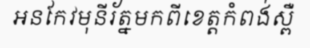
អនកែវមុនីរ័ត្នមកពីខេត្តកំពង់ស្ពឺ